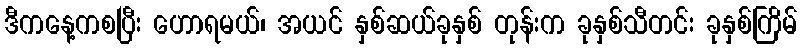
ဒီကနေ့ကစပြီး ဟောရမယ်၊ အယင် နှစ်ဆယ်ခုနှစ် တုန်းက ခုနှစ်သီတင်း ခုနှစ်ကြိမ်